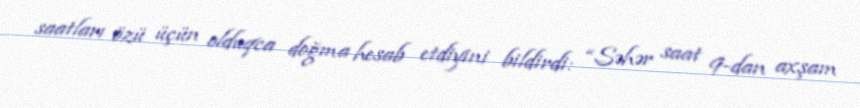
saatları özü üçün olduqca doğma hesab etdiyini bildirdi: “Səhər saat 9-dan axşam